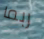
ربما